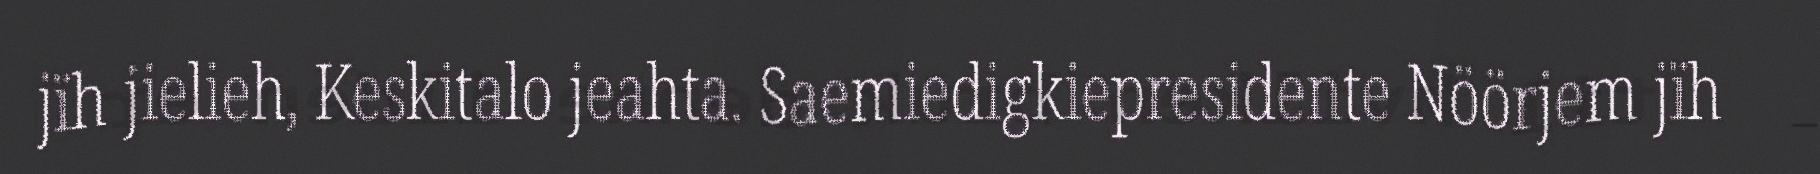
jïh jielieh, Keskitalo jeahta. Saemiedigkiepresidente Nöörjem jïh